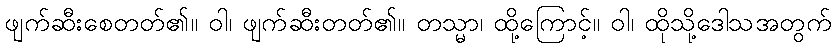
ဖျက်ဆီးစေတတ်၏။ ဝါ၊ ဖျက်ဆီးတတ်၏။ တသ္မာ၊ ထို့ကြောင့်။ ဝါ၊ ထိုသို့ဒေါသအတွက်